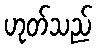
ဟုတ်သည်